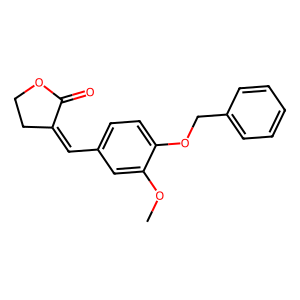
SMILES: COc1cc(C=C2CCOC2=O)ccc1OCc1ccccc1
Inhibits HIV replication: No